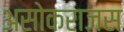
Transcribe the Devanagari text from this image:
असोकराजस